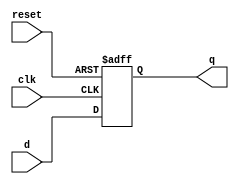
module d_flip_flop (
  input wire clk,
  input wire reset,
  input wire d,
  output reg q
);

  always @(posedge clk or posedge reset) begin
    if (reset) begin
      q <= 1'b0; // Reset to specified state
    end else begin
      q <= d; // Load input data on rising clock edge
    end
  end

endmodule